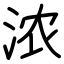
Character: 浓